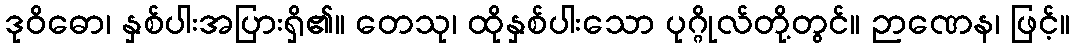
ဒုဝိဓော၊ နှစ်ပါးအပြားရှိ၏။ တေသု၊ ထိုနှစ်ပါးသော ပုဂ္ဂိုလ်တို့တွင်။ ဉာဏေန၊ ဖြင့်။